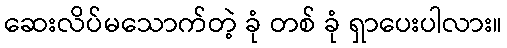
ဆေးလိပ်မသောက်တဲ့ ခုံ တစ် ခုံ ရှာပေးပါလား။